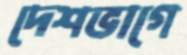
দেশভাগে